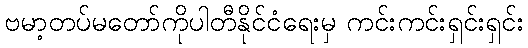
ဗမာ့တပ်မတော်ကိုပါတီနိုင်ငံရေးမှ ကင်းကင်းရှင်းရှင်း